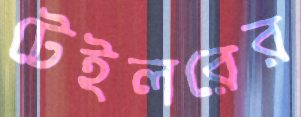
টেইলরের